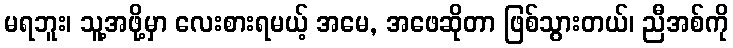
မရဘူး၊ သူ့အဖို့မှာ လေးစားရမယ့် အမေ, အဖေဆိုတာ ဖြစ်သွားတယ်၊ ညီအစ်ကို